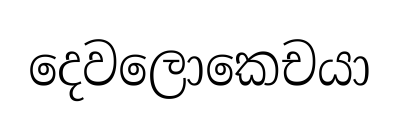
දෙවලොකෙචයා